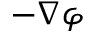
- \nabla \varphi